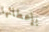
بإعطائها